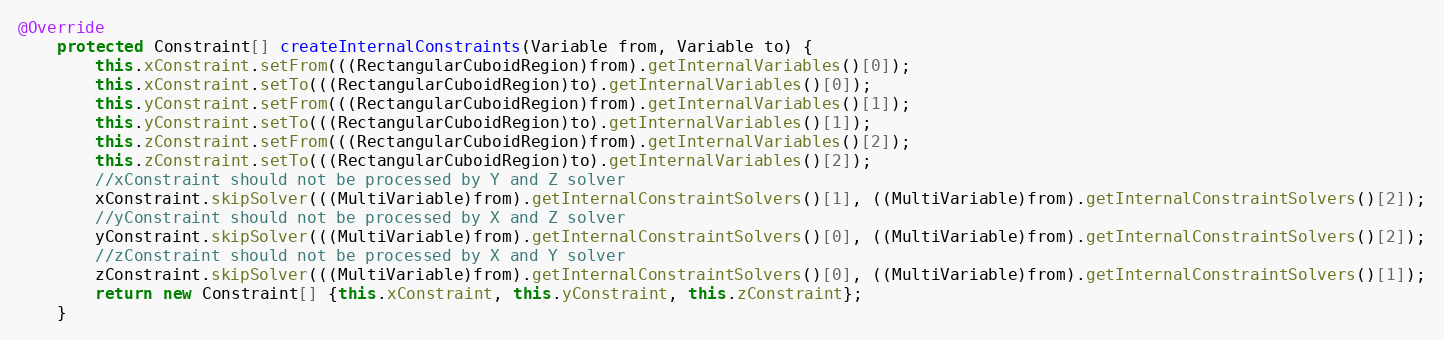
Language: Java
@Override
	protected Constraint[] createInternalConstraints(Variable from, Variable to) {
		this.xConstraint.setFrom(((RectangularCuboidRegion)from).getInternalVariables()[0]);
		this.xConstraint.setTo(((RectangularCuboidRegion)to).getInternalVariables()[0]);
		this.yConstraint.setFrom(((RectangularCuboidRegion)from).getInternalVariables()[1]);
		this.yConstraint.setTo(((RectangularCuboidRegion)to).getInternalVariables()[1]);
		this.zConstraint.setFrom(((RectangularCuboidRegion)from).getInternalVariables()[2]);
		this.zConstraint.setTo(((RectangularCuboidRegion)to).getInternalVariables()[2]);
		//xConstraint should not be processed by Y and Z solver
		xConstraint.skipSolver(((MultiVariable)from).getInternalConstraintSolvers()[1], ((MultiVariable)from).getInternalConstraintSolvers()[2]);
		//yConstraint should not be processed by X and Z solver
		yConstraint.skipSolver(((MultiVariable)from).getInternalConstraintSolvers()[0], ((MultiVariable)from).getInternalConstraintSolvers()[2]);
		//zConstraint should not be processed by X and Y solver
		zConstraint.skipSolver(((MultiVariable)from).getInternalConstraintSolvers()[0], ((MultiVariable)from).getInternalConstraintSolvers()[1]);
		return new Constraint[] {this.xConstraint, this.yConstraint, this.zConstraint};
	}